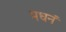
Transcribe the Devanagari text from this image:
मधनं